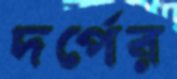
দর্পের